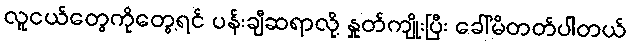
လူငယ်တွေကိုတွေ့ရင် ပန်းချီဆရာလို့ နှုတ်ကျိုးပြီး ခေါ်မိတတ်ပါတယ်